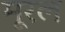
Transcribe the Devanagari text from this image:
मूरल